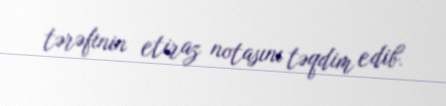
tərəfinin etiraz notasını təqdim edib.